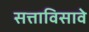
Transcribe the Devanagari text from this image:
सत्ताविसावे